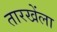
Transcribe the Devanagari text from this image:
तारखेंला